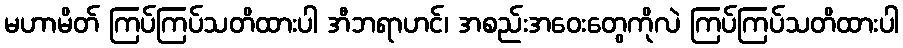
မဟာမိတ် ကြပ်ကြပ်သတိထားပါ အီဘရာဟင်၊ အစည်းအဝေးတွေကိုလဲ ကြပ်ကြပ်သတိထားပါ